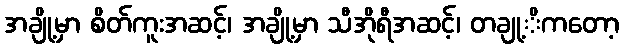
အချို့မှာ စိတ်ကူးအဆင့်၊ အချို့မှာ သီအိုရီအဆင့်၊ တချု့ိကတော့